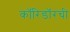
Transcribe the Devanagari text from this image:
कॉरिडॉरची